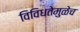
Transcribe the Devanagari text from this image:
विविधतेमुळेच